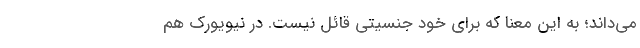
می‌داند؛ به این معنا که برای خود جنسیتی قائل نیست. در نیویورک هم